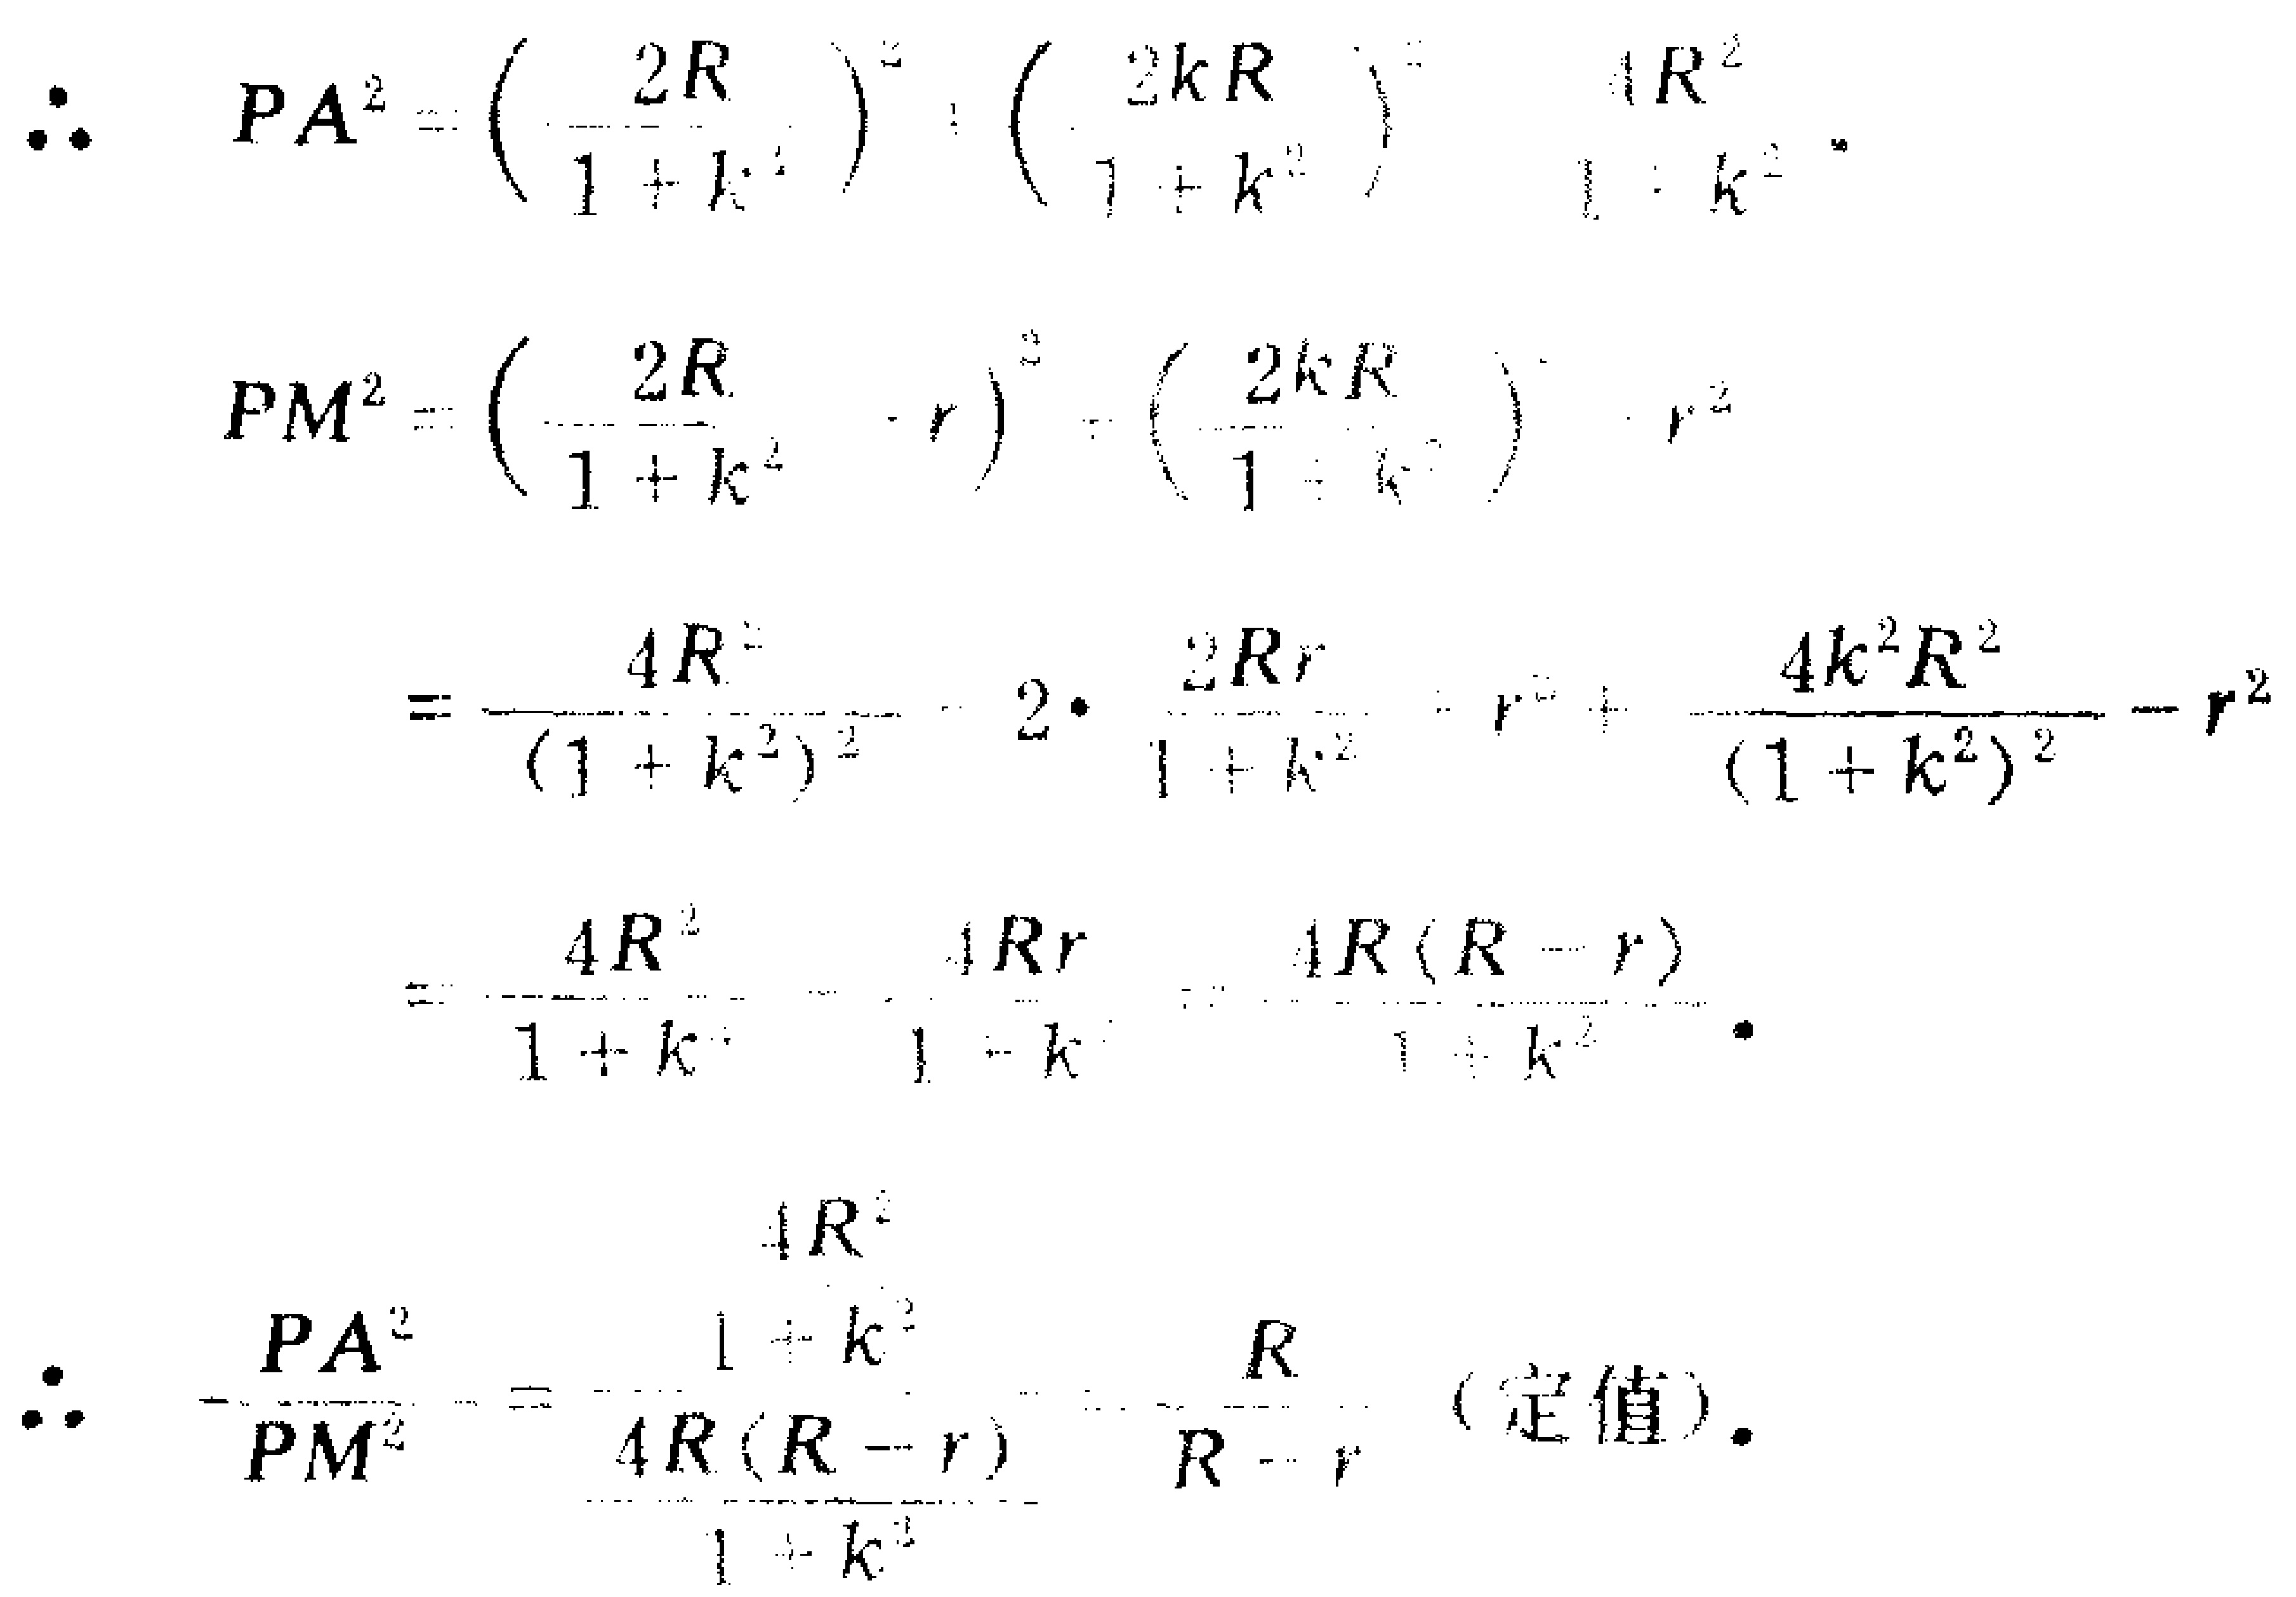
\[
\begin{align*}
\therefore PA^{2}&=\left(\frac{2R}{1 + k^{2}}\right)^{2}+\left(\frac{2kR}{1 + k^{2}}\right)^{2}=\frac{4R^{2}}{1 + k^{2}}\\
PM^{2}&=\left(\frac{2R}{1 + k^{2}}-r\right)^{2}+\left(\frac{2kR}{1 + k^{2}}\right)^{2}-r^{2}\\
&=\frac{4R^{2}}{(1 + k^{2})^{2}}-2\cdot\frac{2Rr}{1 + k^{2}}+r^{2}+\frac{4k^{2}R^{2}}{(1 + k^{2})^{2}}-r^{2}\\
&=\frac{4R^{2}}{1 + k^{2}}-\frac{4Rr}{1 + k^{2}}=\frac{4R(R - r)}{1 + k^{2}}\\
\therefore\frac{PA^{2}}{PM^{2}}&=\frac{\frac{4R^{2}}{1 + k^{2}}}{\frac{4R(R - r)}{1 + k^{2}}}=\frac{R}{R - r}\text{ (定值)}.
\end{align*}
\]